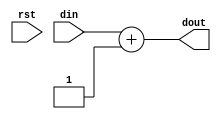
`timescale 1ns / 1ps
//////////////////////////////////////////////////////////////////////////////////
// Company: 
// Engineer: 
// 
// Design Name: 
// Module Name: adder
// Project Name: 
// Target Devices: 
// Tool Versions: 
// Description: 
// 
// Dependencies: 
// 
// Revision:
// Revision 0.01 - File Created
// Additional Comments:
// 
//////////////////////////////////////////////////////////////////////////////////

/*** ADDER FOR PC ***/
module adder0 

/*** PARAMETERS ***/
#(parameter
    DATA_WL = 32
)

/*** IN/OUT ***/
(
    // IN
	input                      rst,
	input [DATA_WL - 1 : 0]    din,
	
	// OUT 
	output reg [DATA_WL - 1 : 0]   dout
);

    always @(*) 
    begin
        if(rst) dout = 0;
        dout = din + 1;
    end
endmodule